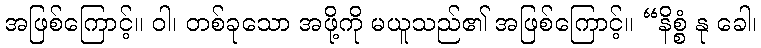
အဖြစ်ကြောင့်။ ဝါ၊ တစ်ခုသော အဖို့ကို မယူသည်၏ အဖြစ်ကြောင့်။ “နိစ္စံ နု ခေါ၊